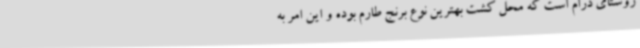
روستای درام است که محل کشت بهترین نوع برنج طارم بوده و این امر به